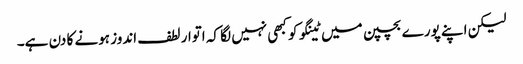
لیکن اپنے پورے بچپن میں ٹینگو کو کبھی نہیں لگا کہ اتوار لطف اندوز ہونے کا دن ہے۔